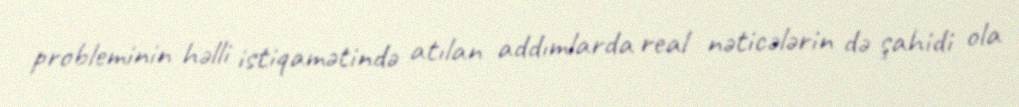
probleminin həlli istiqamətində atılan addımlarda real nəticələrin də şahidi ola